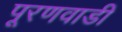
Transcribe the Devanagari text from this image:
पूरणवाडी